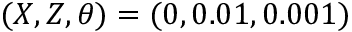
( X , Z , \theta ) = ( 0 , 0 . 0 1 , 0 . 0 0 1 )